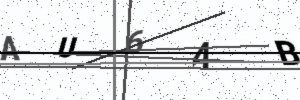
Text: AU6AB